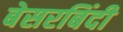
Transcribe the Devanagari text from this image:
बेसरबिंदी